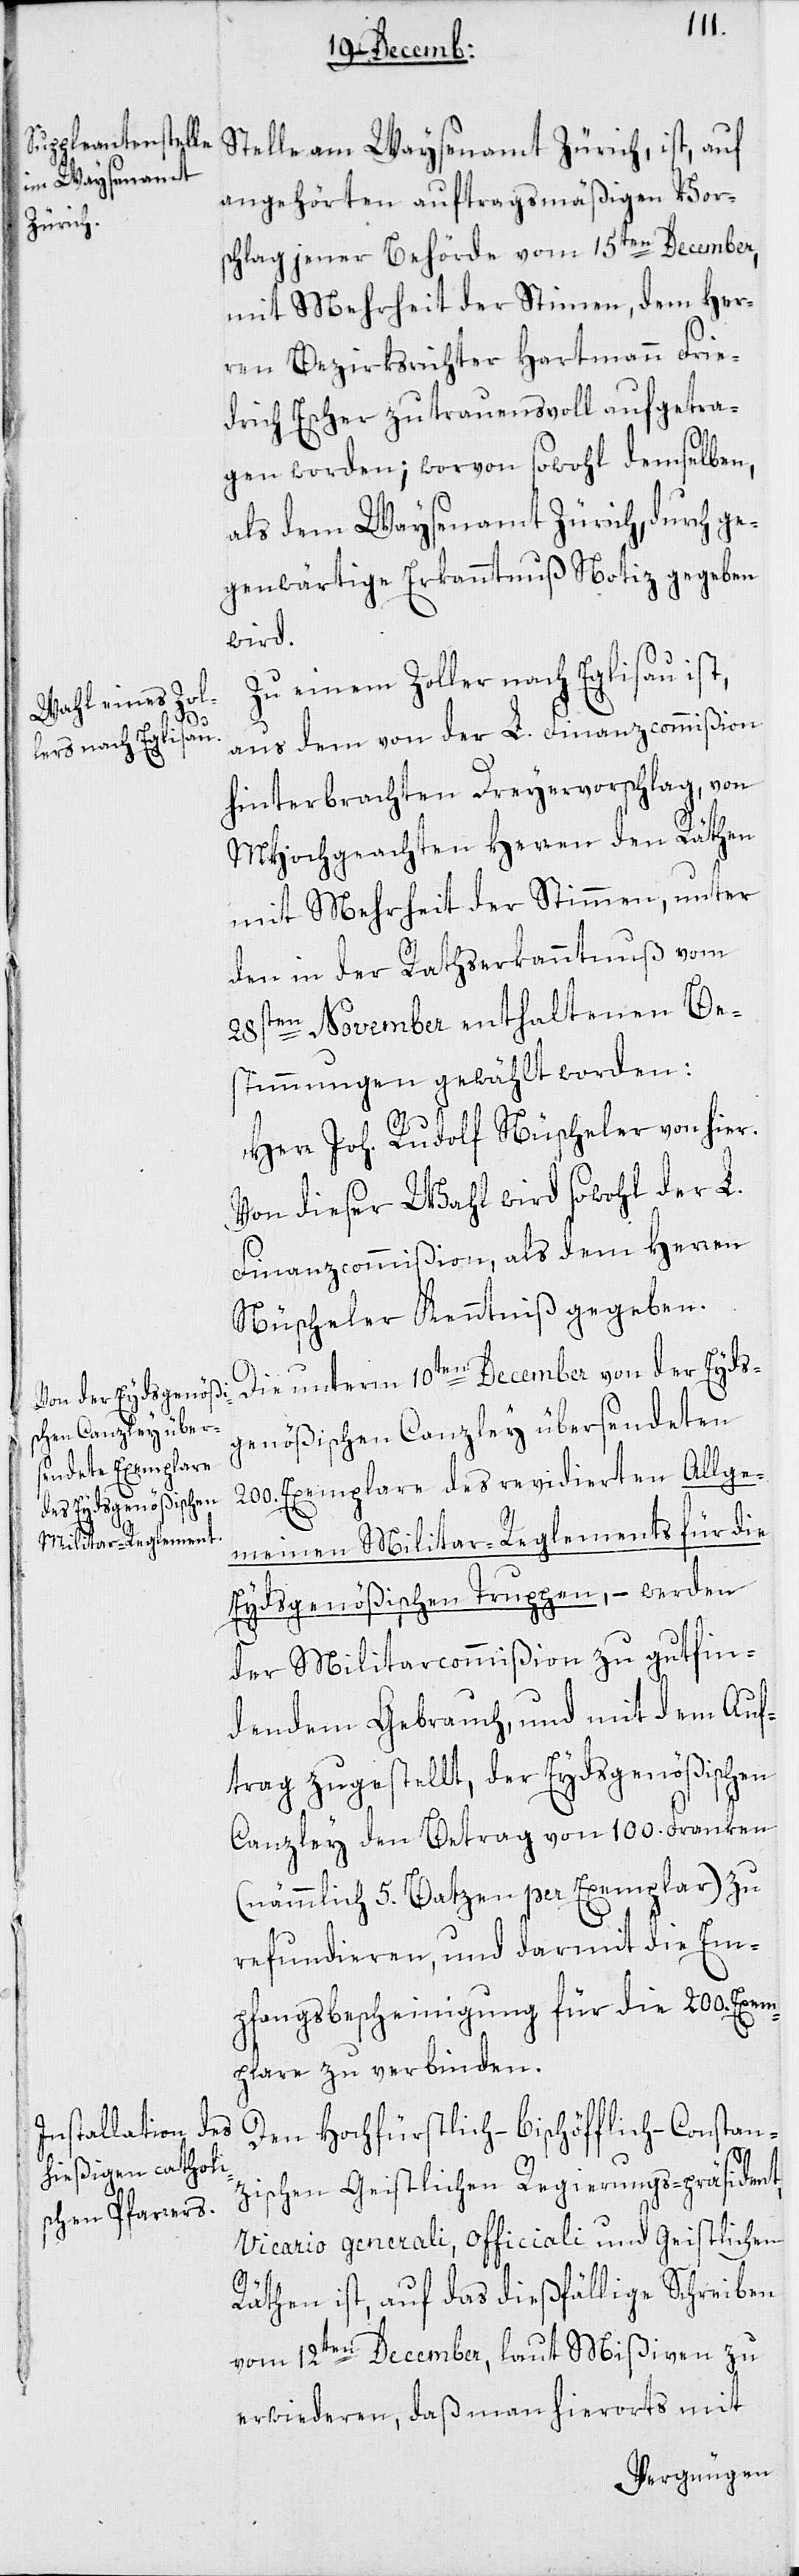
Stelle am Waysenamt Zürich, ist, auf
angehörten auftragsmäßigen Vors¬
chlag jener Behörde vom 15ten December,
mit Mehrheit der Stimmen, dem Her¬
ren Bezirksrichter Hartmann Frie¬
drich Escher zutrauensvoll aufgetra¬
gen worden; worvon sowohl demselben,
als dem Waysenamt Zürich, durch ge¬
genwärtige Erkanntnuß Notiz gegeben
wird.
Zu einem Zoller nach Eglisau ist,
aus dem von der L. Finanzcommißion
hinterbrachten Dreyervorschlag, von
MHochgeachten Herren den Räthen
mit Mehrheit der Stimmen, unter
den in der Rathserkanntnuß vom
28sten November enthaltenen Be¬
stimmungen gewählt worden:
Herr Joh. Rudolf Nüscheler von hier.
Von dieser Wahl wird sowohl der L.
Finanzcommißion, als dem Herren
Nüscheler Kenntniß gegeben.
Die unterm 10ten December von der Eyds¬
genößischen Canzley übersendeten
200. Exemplare des revidierten Allge¬
meinen Militar-Reglements für die
Eydsgenößischen Truppen, – werden
der Militarcommißion zu gutfin¬
dendem Gebrauch, und mit dem Auf¬
trag zugestellt, der Eydsgenößischen
Canzley den Betrag von 100. Franken
(nämmlich 5. Batzen per Exemplar) zu
refundieren, und darmit die Em¬
pfangsbescheinigung für die 200. Exem¬
plare zu verbinden.
Den Hochfürstlich-bischöfflich-Constan¬
zischen Geistlichen Regierungs-präsident
Vicario generali, Officiali und geistlichen
Räthen ist, auf das dießfällige Schreiben
vom 12ten December, laut Mißiven zu
erwiederen, daß man hierorts mit